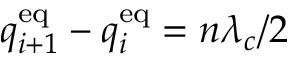
q _ { i + 1 } ^ { \mathrm { e q } } - q _ { i } ^ { \mathrm { e q } } = n \lambda _ { c } / 2